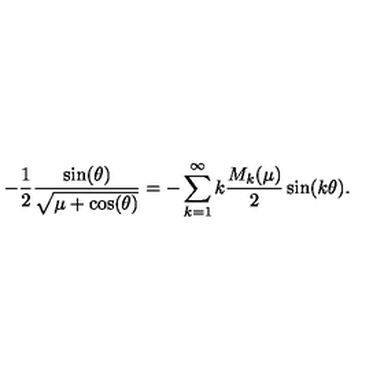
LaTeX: - \frac { 1 } { 2 } \frac { \sin ( \theta ) } { \sqrt { \mu + \cos ( \theta ) } } = - \sum _ { k = 1 } ^ { \infty } k \frac { M _ { k } ( \mu ) } { 2 } \sin ( k \theta ) .